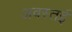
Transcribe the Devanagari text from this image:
अवस्तई